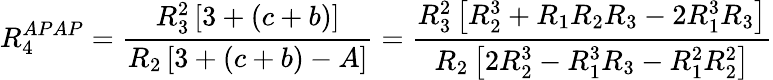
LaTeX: R_{4}^{APAP}=\frac{R_{3}^{2}\left[3+(c+b)\right]}{R_{2}\left[3+(c+b)-A\right]}=\frac{R_{3}^{2}\left[R_{2}^{3}+R_{1}R_{2}R_{3}-2R_{1}^{3}R_{3}\right]}{R_{2}\left[2R_{2}^{3}-R_{1}^{3}R_{3}-R_{1}^{2}R_{2}^{2}\right]}